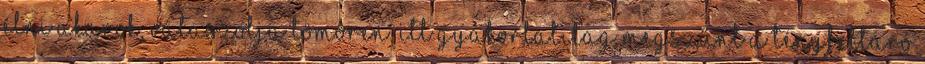
Élni akarok, válaszolja tömören. Itt gyakorlatilag megszűnt a tényfeltáró